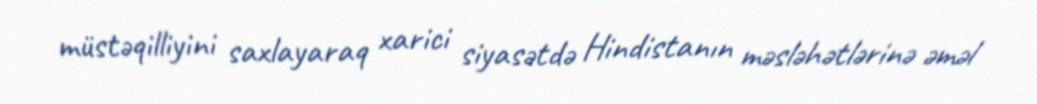
müstəqilliyini saxlayaraq xarici siyasətdə Hindistanın məsləhətlərinə əməl